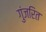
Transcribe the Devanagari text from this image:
गुंजरित